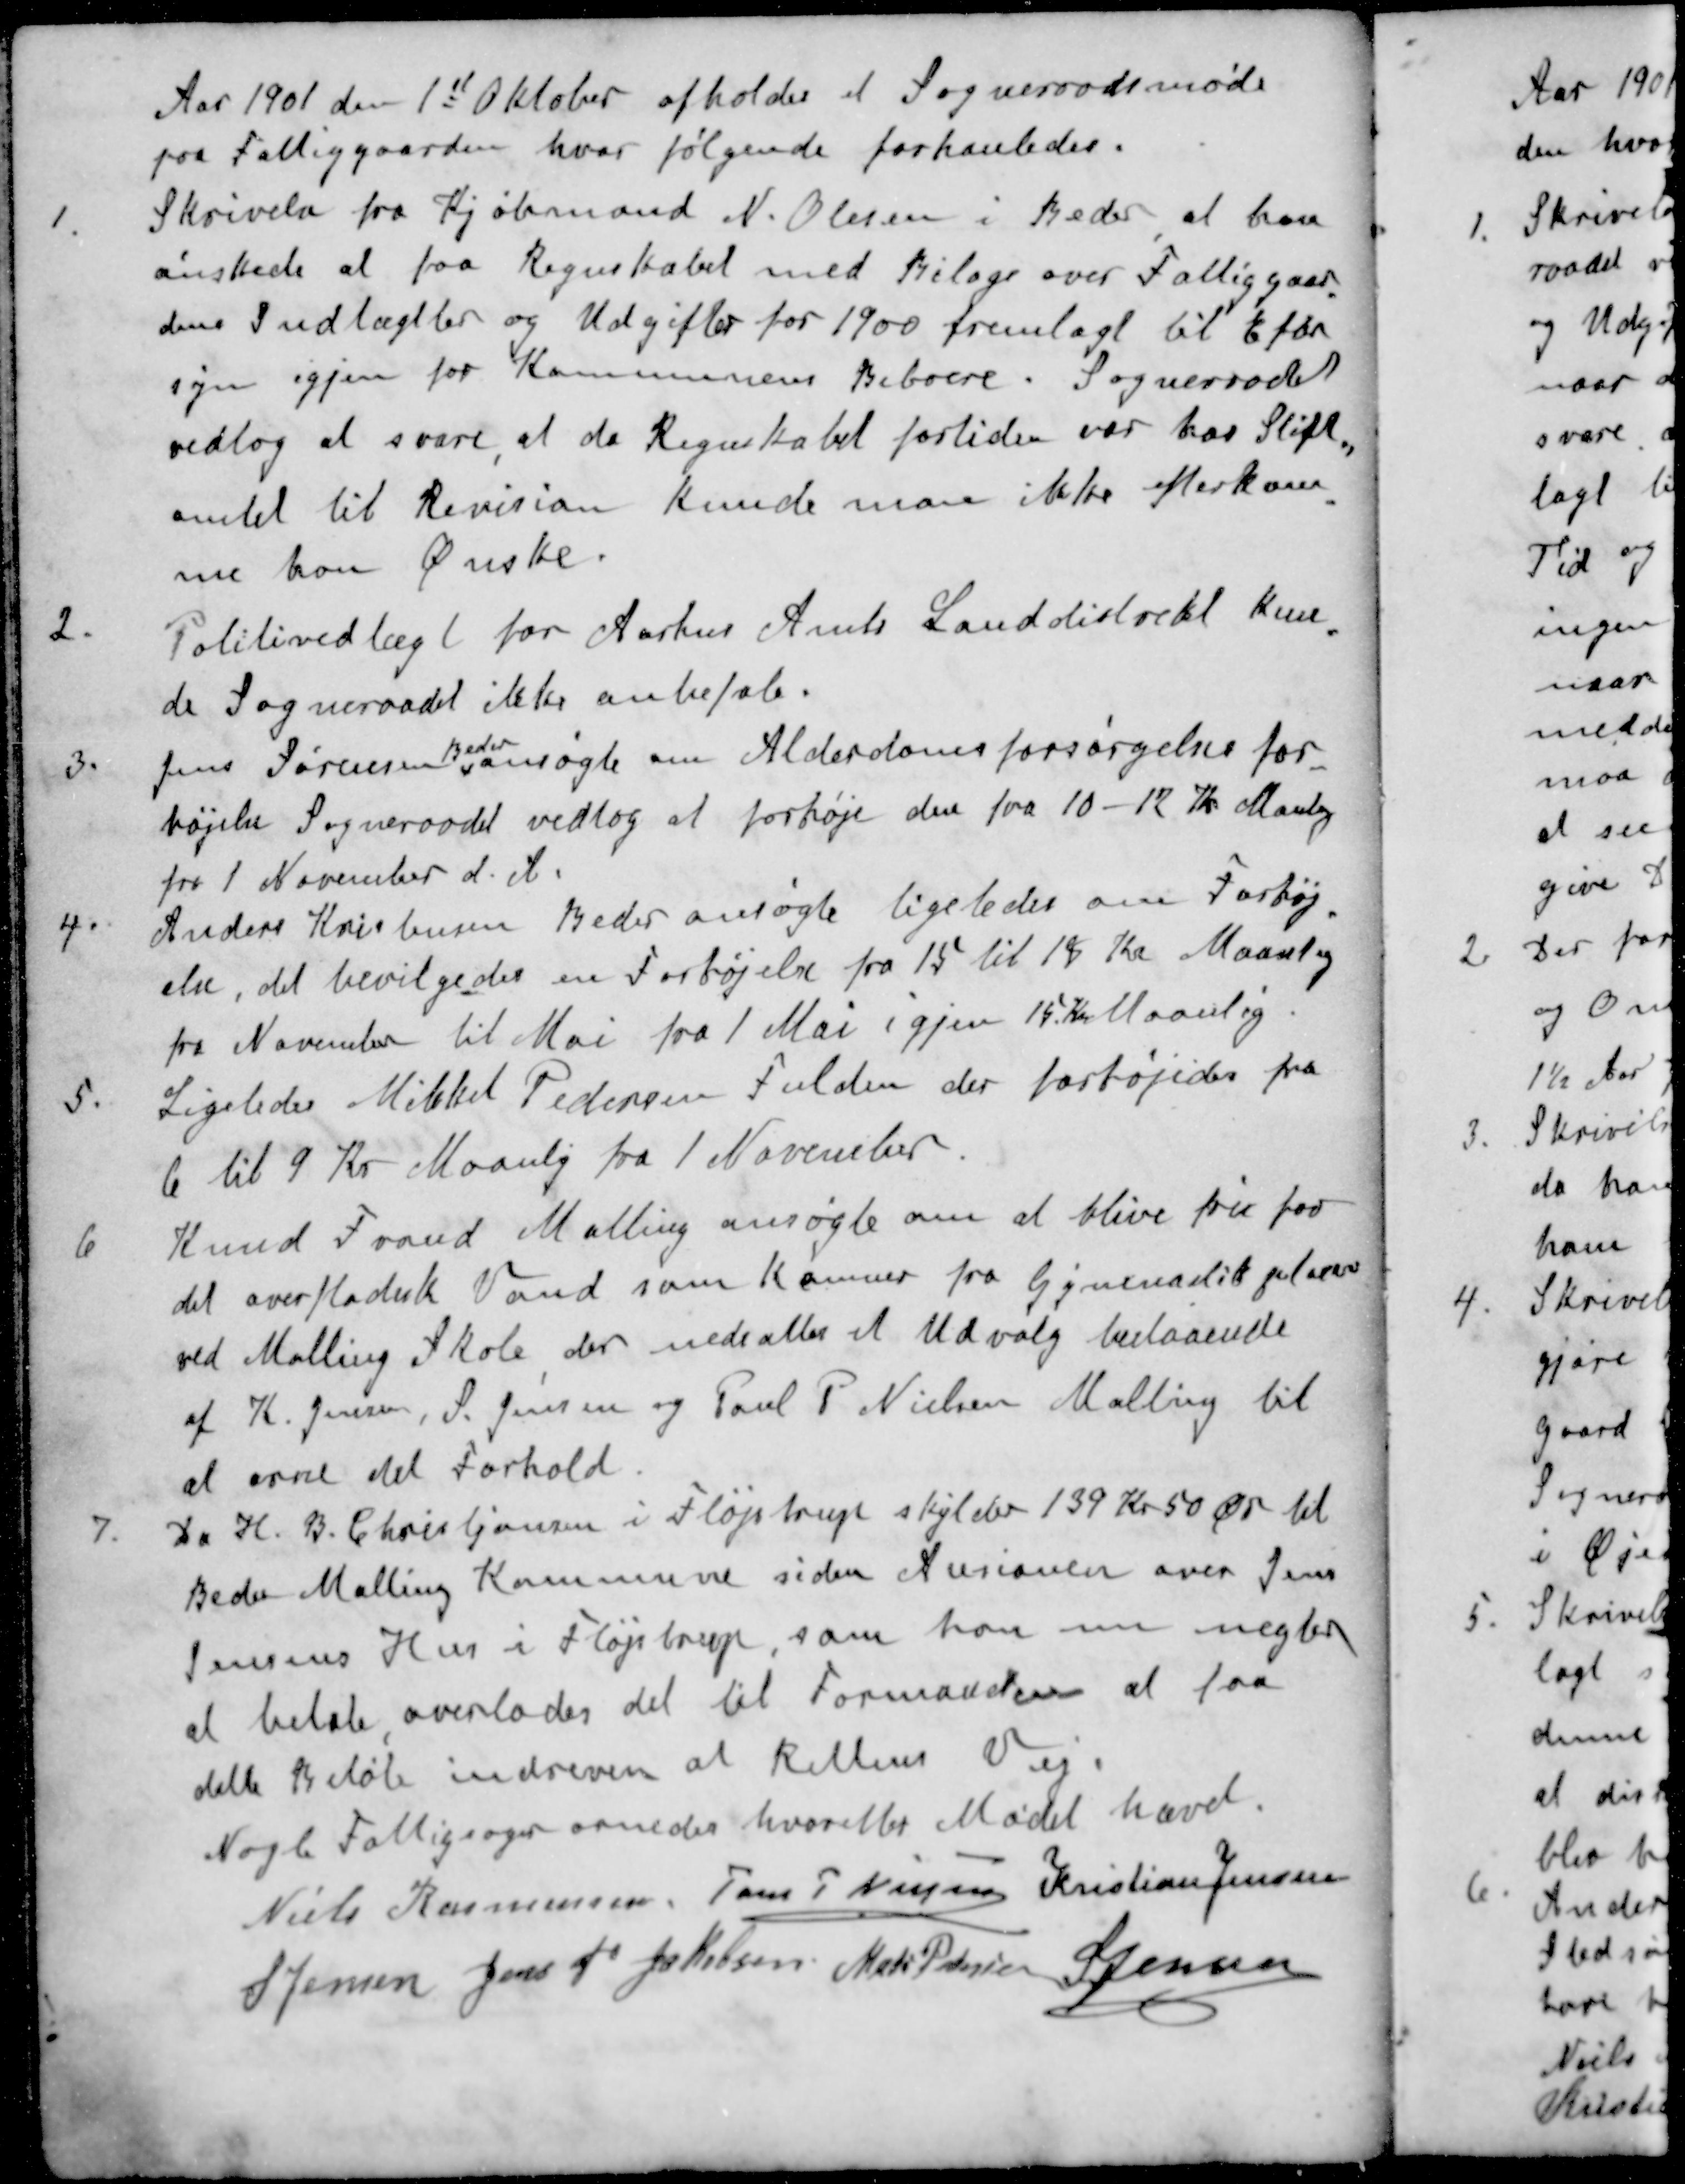
Transskription:
Aar 1901 den 1st Oktober afholtes et Sogneraadsmøde
paa Fattiggaarden, hvor følgende forhanledes.
1. Skrivelse fra Kjøbmand N. Olesen i Beder, at han
ønskede at faa Regnskabet med Bilag over Fattiggaar
dens Indtægter og Udgifter for 1900 fremlagt til Efter
syn igjen for Kommunens Beboere. Sogneraadet
vedtog at svare, at da Regnskabet fortiden var hos Stift
amtet til Revision kunde man ikke efterkom
me han ønske.
2. Politivedtægt for Aarhus Amts Landdistrikt kun
de Sogneraadet ikke anbefale.
Beder
3. Jens Sørensen ansøgte om Alderdomsforsørgelses for
højelse Sogneraadet vedtog at forhøje den fra 10 - 12 Kr Manlig
fra 1 November d. A.
4. Anders Kristensen Beder ansøgte ligeledes om Forhøj
else, det bevilgedes en Forhøjelse fra 15 til 18 Kr Maanlig
fra November til Mai fra 1 Mai igjen 15 Kr Maanlig.
5. Ligeledes Mikkel Pedersen Fulden der forhøjedes fra
6 til 9 Kr Maanlig fra 1 November
6. Knud Fraud Malling ansøgte om at blive fri for
det overfladisk Vand som Kommer fra Gymnastikplasen
ved Malling Skole der nedsattes et Udvalg bestaaende
af K. Jensen, S Jensen og Poul P. Nielsen Malling til
at orne det Forhold
Da H. B. Christjansen i Fløjstrup skylder 139 Kr 50 Øre til
Beder Malling Kommune siden Ausionen over Jens
Jensens Hus i Fløjstrup, som han nu nægter
at betale overlodes det til Formanden at faa
delte Beløb indreven ad Rettens Vej.
Nogle Fattigsager ornedes hvorefter Mødet hævet.
Niels Rasmussen
Jens P Nielsen
Kristian Jensen
S Jensen
Jens P Jakobsen
Mads Pedersen
S Jensen